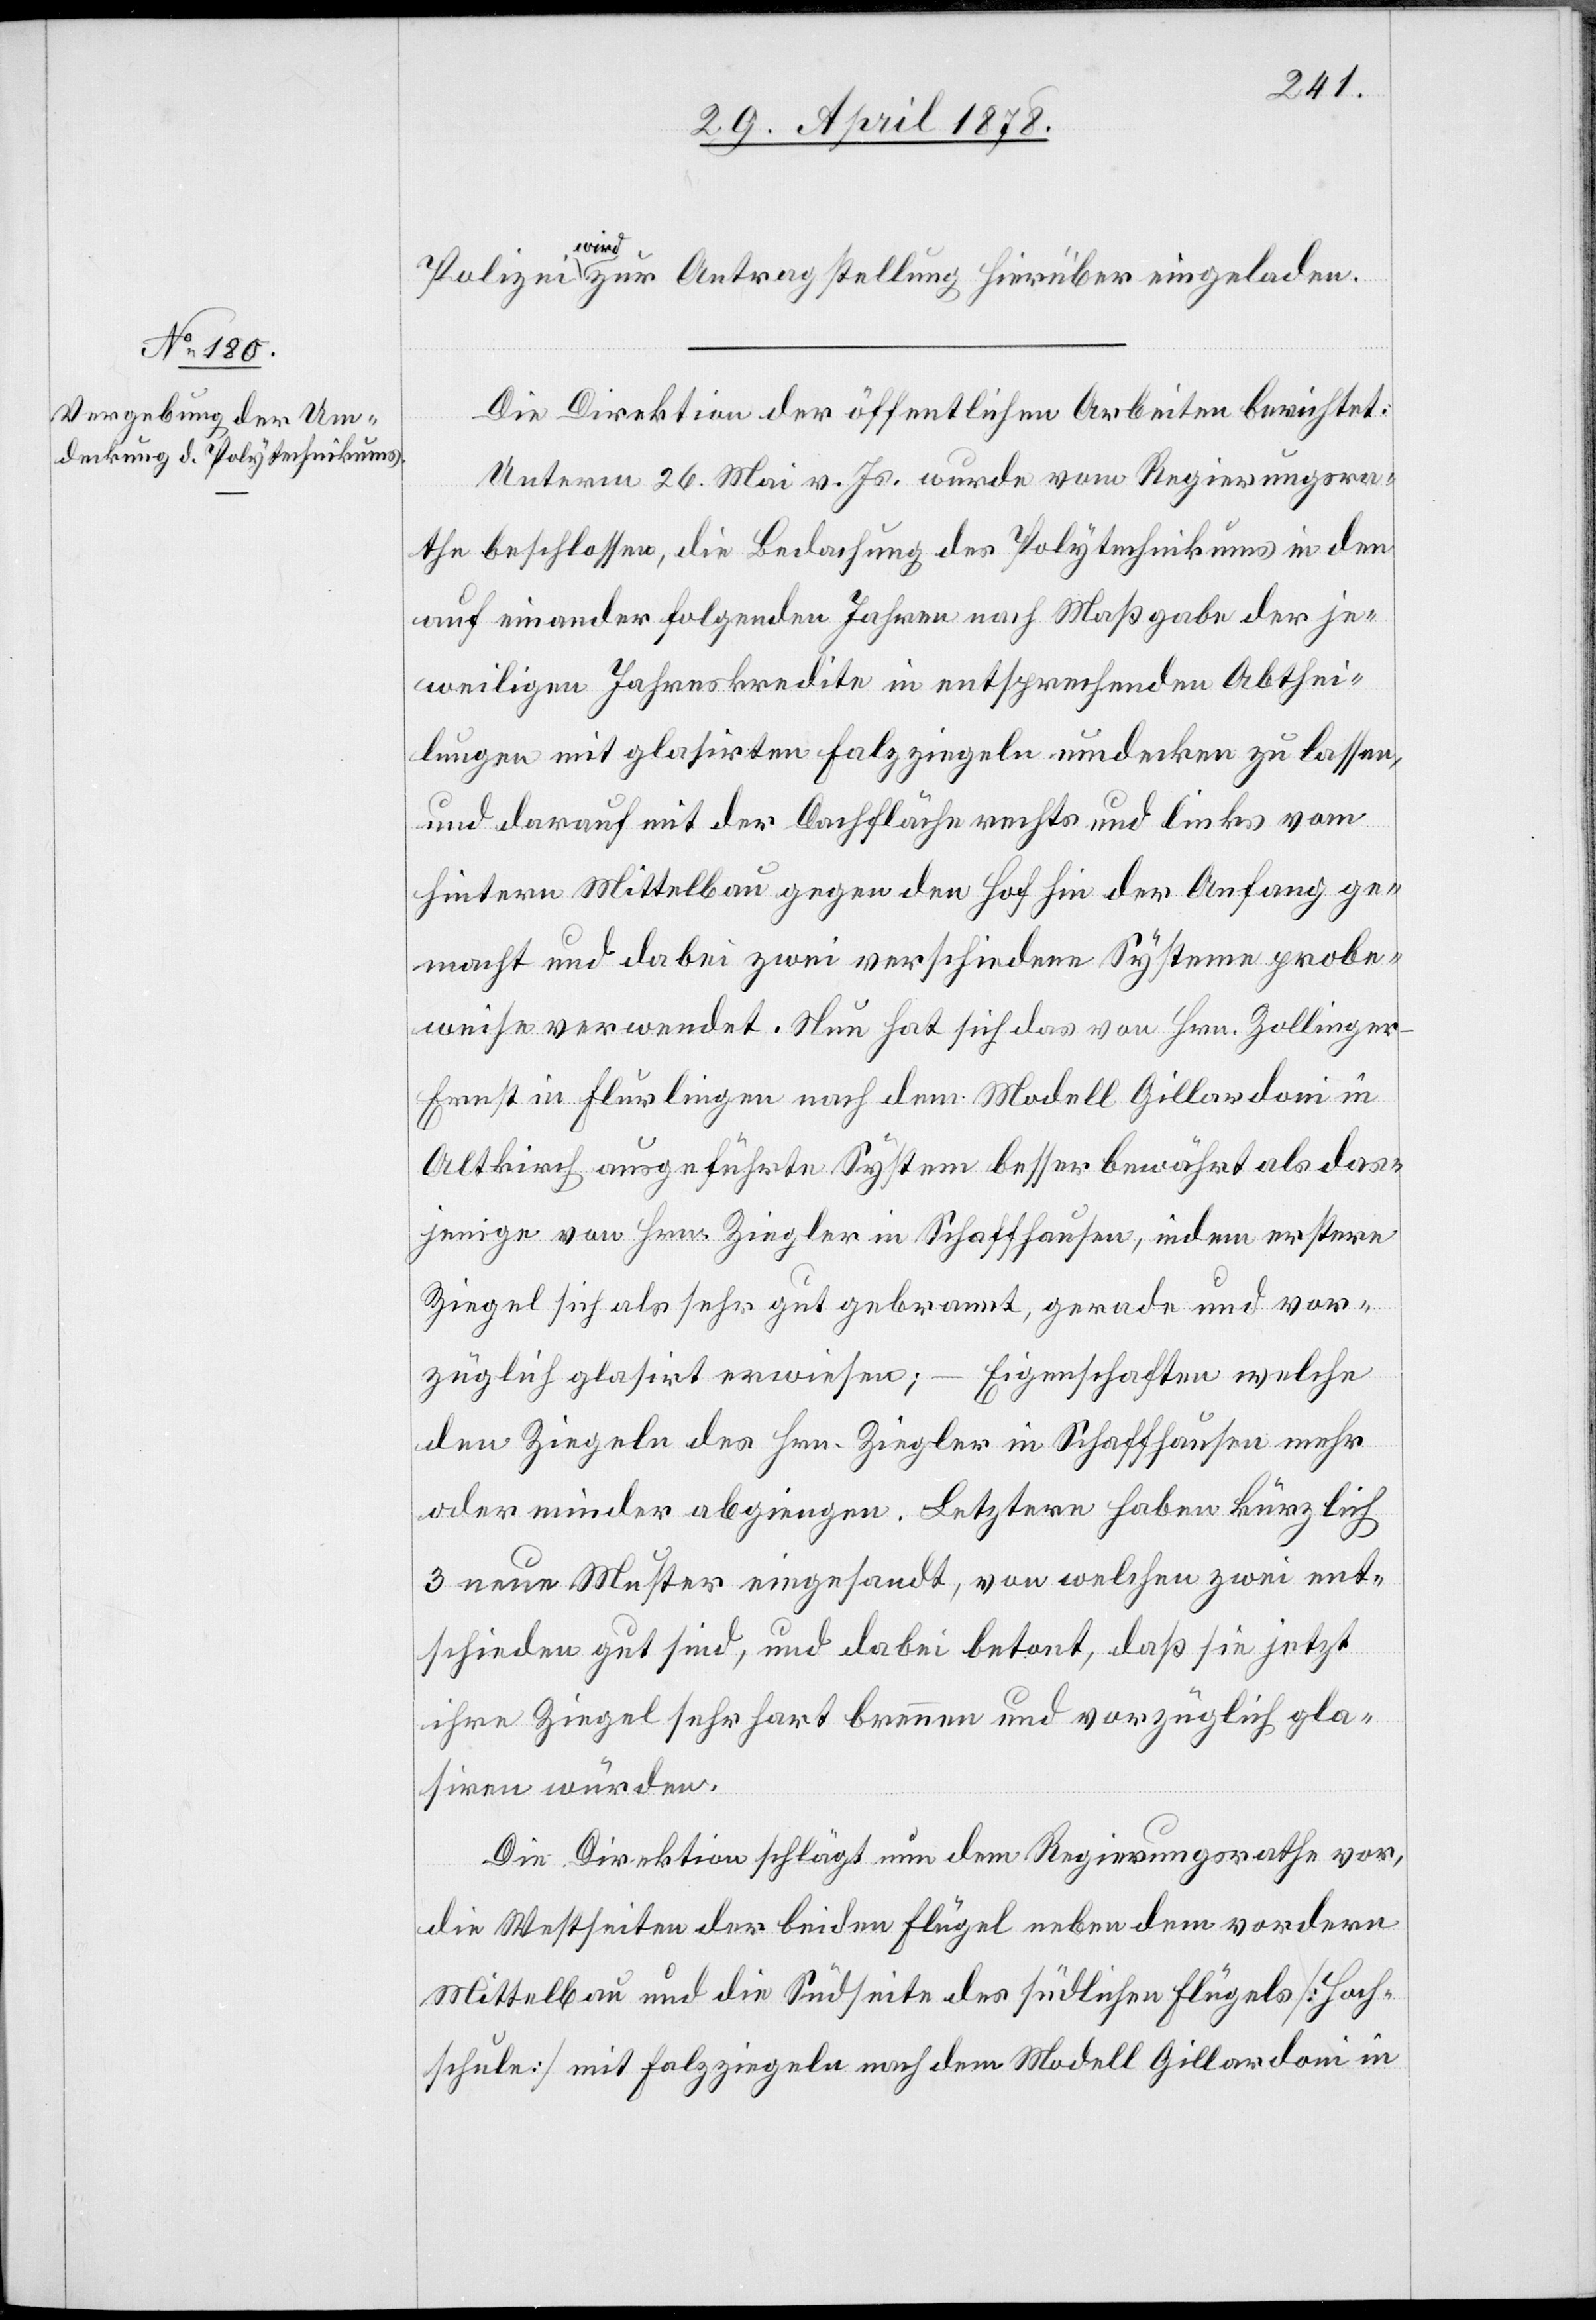
Polizei wird zur Antragstellung hierüber eingeladen.
Die Direktion der öffentlichen Arbeiten berichtet:
Unterm 26. Mai v. Js. wurde vom Regierungsra¬
the beschlossen, die Bedachung des Polytechnikums in den
auf einander folgenden Jahren nach Maßgabe der je¬
weiligen Jahreskredite in entsprechenden Abthei¬
lungen mit glasirten Falzziegeln umdecken zu lassen,
und darauf mit der Dachfläche rechts und links vom
hintern Mittelbau gegen den Hof hin der Anfang ge¬
macht und dabei zwei verschiedene Systeme probe¬
weise verwendet. Nun hat sich das von Hrn. Zollinge¬
r-Ernst in Flurlingen nach dem Modell Gillardoni in
Altkirch ausgeführte System besser bewährt als das¬
jenige von Hrn. Ziegler in Schaffhausen, indem erstere
Ziegel sich als sehr gut gebrannt, gerade und vor¬
züglich glasirt erwiesen; – Eigenschaften welche
den Ziegeln des Hrn. Ziegler in Schaffhausen mehr
oder minder abgingen. Letztere haben kürzlich
3 neue Muster eingesandt, von welchen zwei ent¬
schieden gut sind, und dabei betont, daß sie jetzt
ihre Ziegel sehr hart brennen und vorzüglich gla¬
siren würden.
Die Direktion schlägt nun dem Regierungsrathe vor,
die Westseiten der beiden Flügel neben dem vordern
Mittelbau und die Südseite des südlichen Flügels [Hoch¬
schule] mit Falzziegeln nach dem Modell Gillardoni in